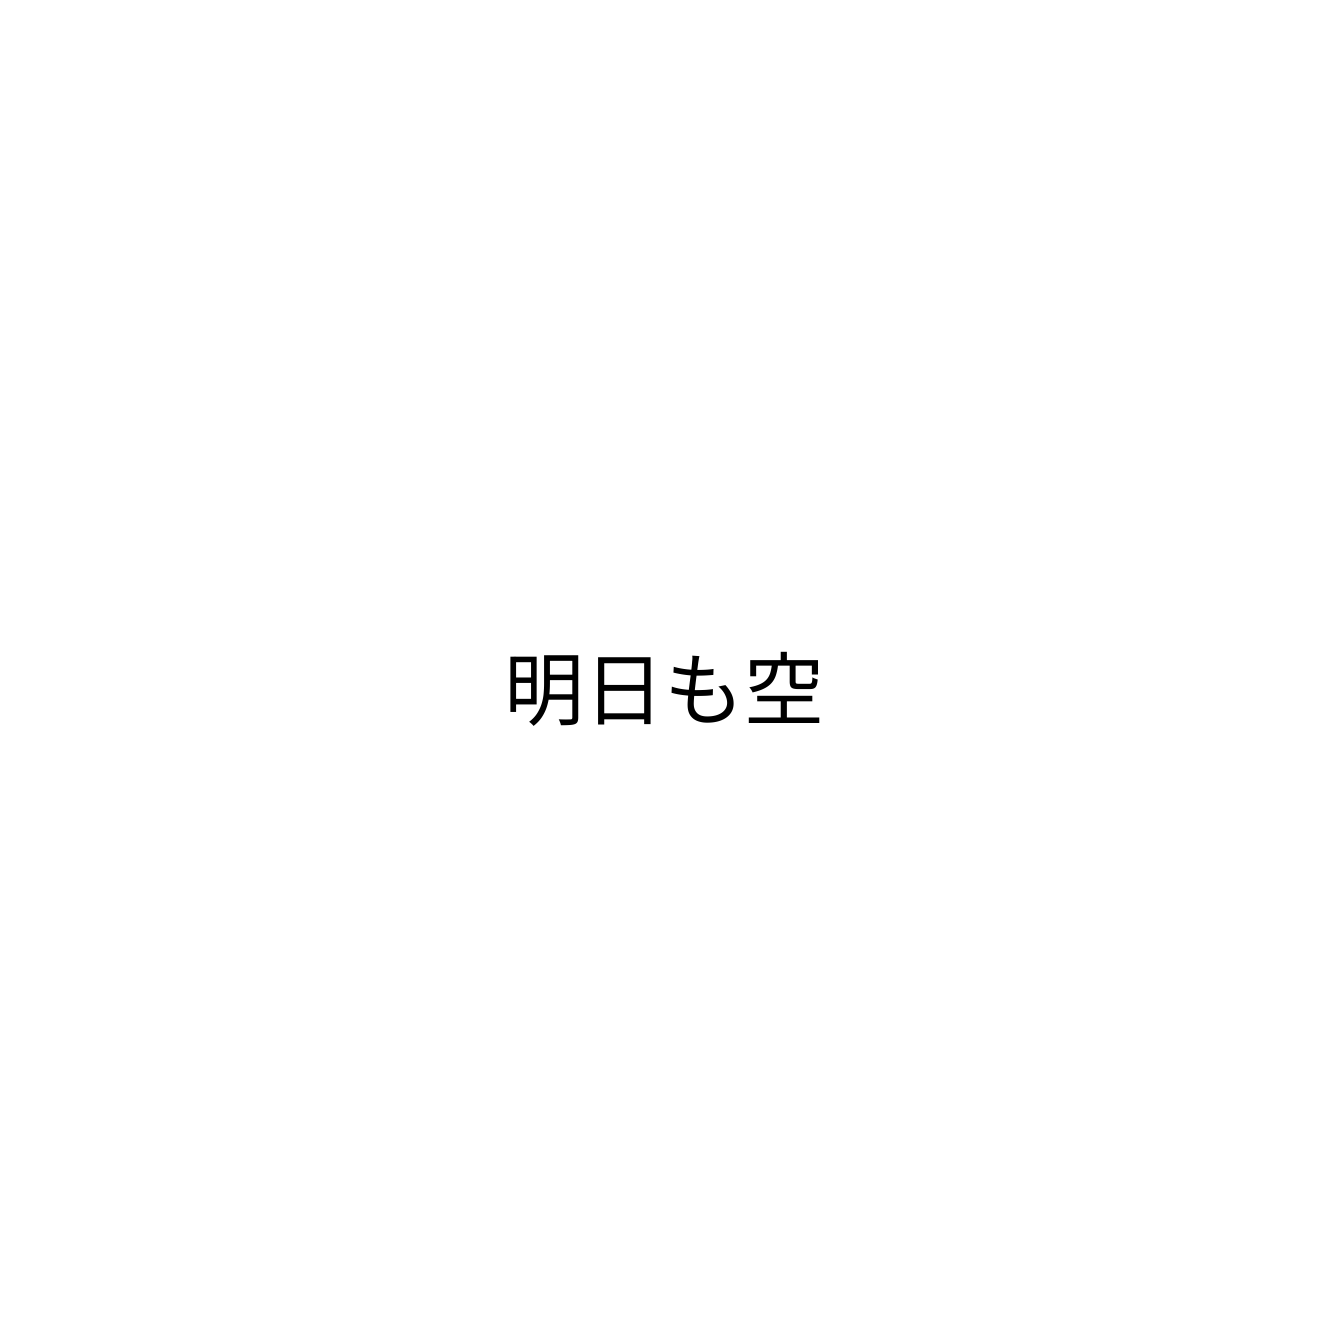
明日も空